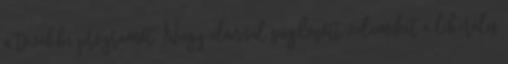
a továb­­bi programot. Nagy elánnal sugdosott valamiket a liberális